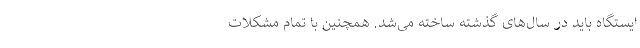
ایستگاه باید در سال‌های گذشته ساخته می‌شد. همچنین با تمام مشکلات